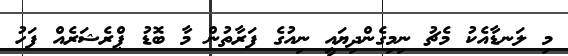
މި ލަނޑާއެކު މެޗު ނިމިގެންދިޔައީ ނިއުގެ ފަރާތުން މާ ބޮޑު ޕްރެޝަރެއް ފަހު